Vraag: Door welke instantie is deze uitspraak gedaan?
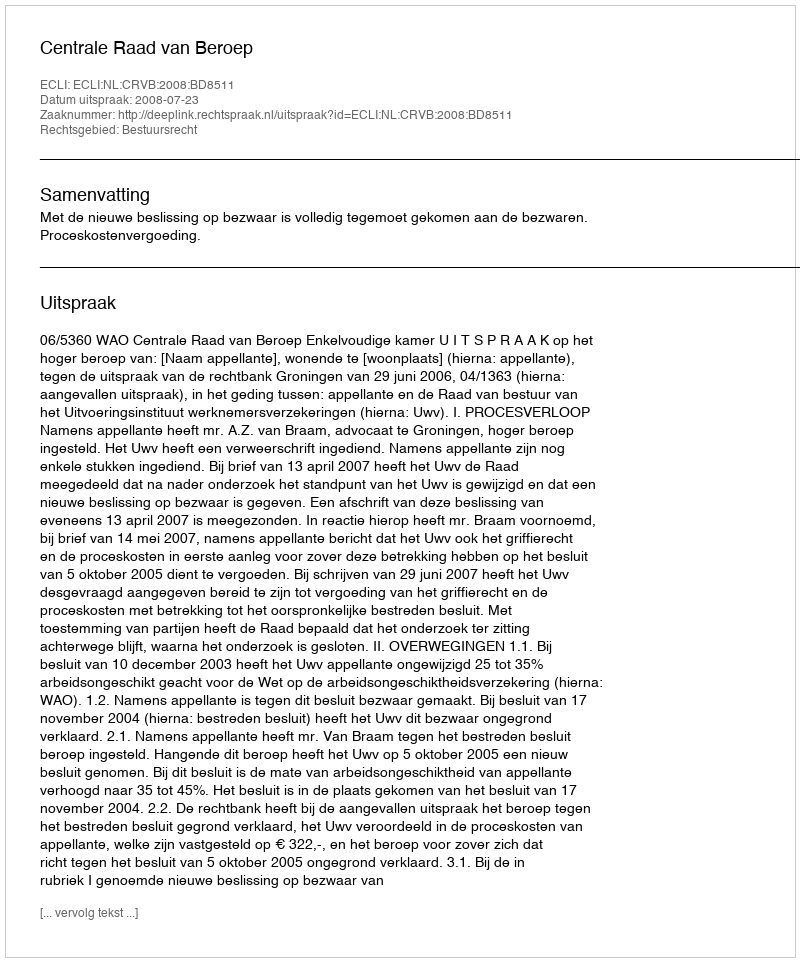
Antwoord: Centrale Raad van Beroep